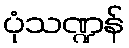
ပုံသဏ္ဍန်